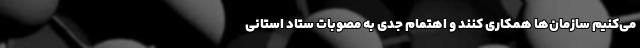
می‌کنیم سازمان‌ها همکاری کنند و اهتمام جدی به مصوبات ستاد استانی